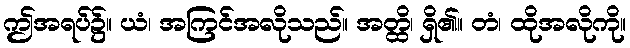
ဤအရပ်၌။ ယံ၊ အကြင်အလိုသည်။ အတ္ထိ၊ ရှိ၏။ တံ၊ ထိုအလိုကို။